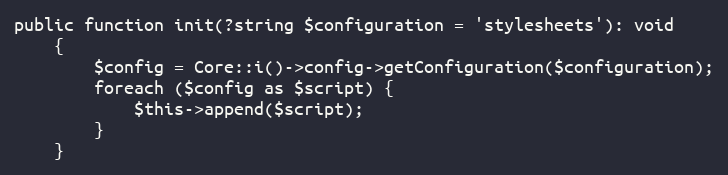
Language: PHP
public function init(?string $configuration = 'stylesheets'): void
    {
        $config = Core::i()->config->getConfiguration($configuration);
        foreach ($config as $script) {
            $this->append($script);
        }
    }